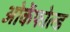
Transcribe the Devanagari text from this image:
ओकेंफोल्ड